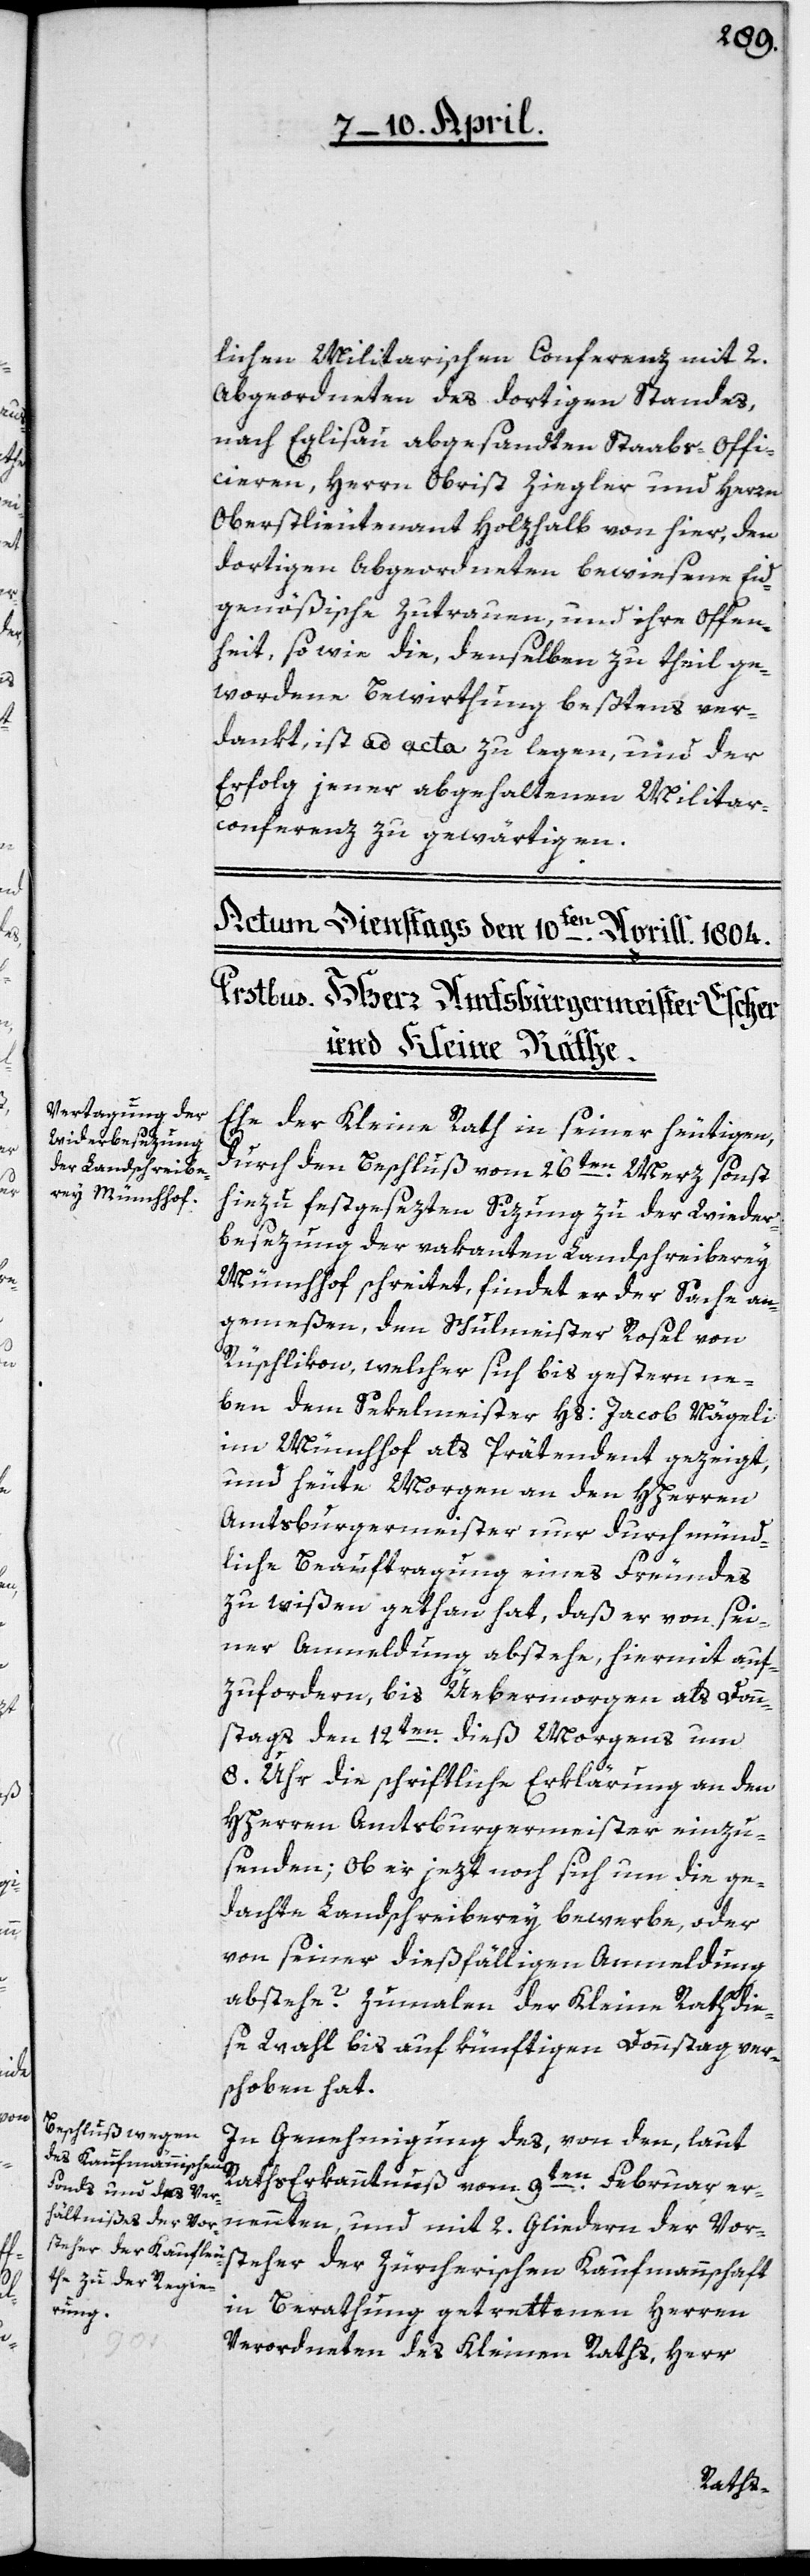
lichen Militarischen Conferenz mit 2.
Abgeordneten des dortigen Standes,
nach Eglisau abgesandten Staabs-Offi¬
cieren, Herrn Obrist Ziegler und Herrn
Oberstlieutenant Holzhalb von hier, den
dortigen Abgeordneten bewiesene Eid¬
genößische Zutrauen, und ihre Offen¬
heit, so wie die, denselben zu theil ge¬
wordene Bewirthung beßtens ver¬
dankt, ist ad acta zu legen, und der
Erfolg jener abgehaltenen Militar¬
conferenz zu gewärtigen.
Ehe der Kleine Rath in seiner heutigen,
durch den Beschluß vom 26ten Merz sonst
hiezu festgesezten Sizung zu der Wieder¬
besezung der vakanten Landschreiberey
Münchhof schreitet, findet er der Sache an¬
gemeßen, den Schulmeister Rosel von
Rüschlikon, welcher sich bis gestern ne¬
ben dem Sekelmeister Hs: Jacob Nägeli
im Münchhof als Prätendent gezeigt,
und heute Morgen an den HHerren
Amtsburgermeister nur durch münd¬
liche Beauftragung eines Freundes
zu wißen gethan hat, daß er von sei¬
ner Anmeldung abstehe, hiermit auf¬
zufordern, bis Üebermorgen als Donn¬
stags den 12ten dieß Morgens um
8. Uhr die schriftliche Erklärung an den
HHerren Amtsburgermeister einzu¬
senden; ob er jezt noch sich um die ge¬
dachte Landschreiberey bewerbe, oder
von seiner dießfälligen Anmeldung
abstehe? Zumalen der Kleine Rath die¬
se Wahl bis auf künftigen Donnstag ver¬
schoben hat.
In Genehmigung des, von den, laut
Raths Erkanntnuß vom 9ten Februar er¬
nennten, und mit 2. Gliedern der Vor¬
steher der Zürcherischen Kaufmannschaft
in Berathung getrettenen Herren
Verordneten des Kleinen Raths, Herr